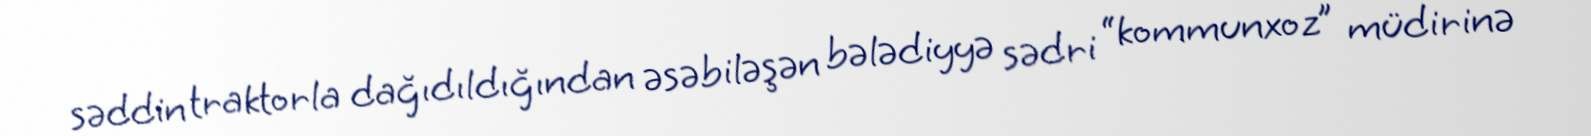
səddin traktorla dağıdıldığından əsəbiləşən bələdiyyə sədri “kommunxoz” müdirinə